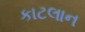
કાટલાન